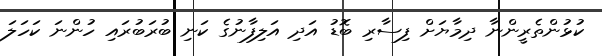
ކުޅުންތެރީންނާ ދިމާޔަށް ފިސާރި ބޮޑު އަދި އަލިފާނުގެ ކަނި ބުރަބުރައި ހުންނަ ކަހަލަ